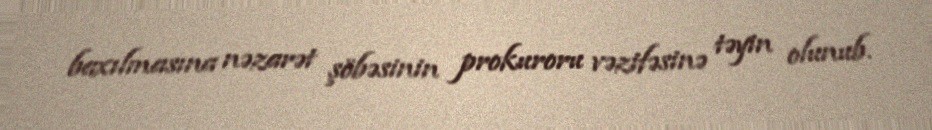
baxılmasına nəzarət şöbəsinin prokuroru vəzifəsinə təyin olunub.